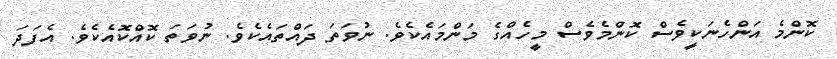
ކޮންމެ އަންހެނަކީވެސް ކޮންމެވެސް މީހެއްގެ މަންމައެކެވެ. ނުވަތަ ދައްތައެކެވެ. ނުވަތަ ކޮއްކޮއެކެވެ. އެފަދަ